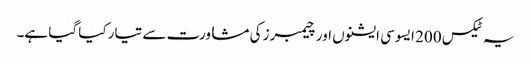
یہ ٹیکس 200 ایسوسی ایشنوں اور چیمبرز کی مشاورت سے تیار کیا گیا ہے۔